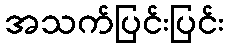
အသက်ပြင်းပြင်း